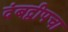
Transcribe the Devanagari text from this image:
दंबद्वीपचा